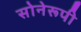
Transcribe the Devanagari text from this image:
सोनेरूपी